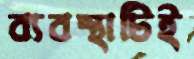
ব্যবস্থাটিই